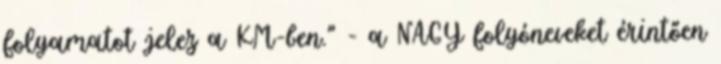
folyamatot jelez a KM-ben." - a NAGY folyóneveket érintően